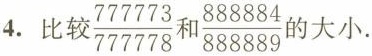
4.比较\frac{777773}{777778}和\frac{888884}{888889}的大小.